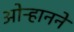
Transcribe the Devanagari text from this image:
ओऱ्हानने